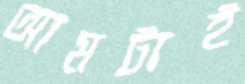
আমটাই